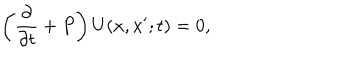
\left( { \frac { \partial } { \partial t } } + P \right) U ( x , x ^ { \prime } ; t ) = 0 ,